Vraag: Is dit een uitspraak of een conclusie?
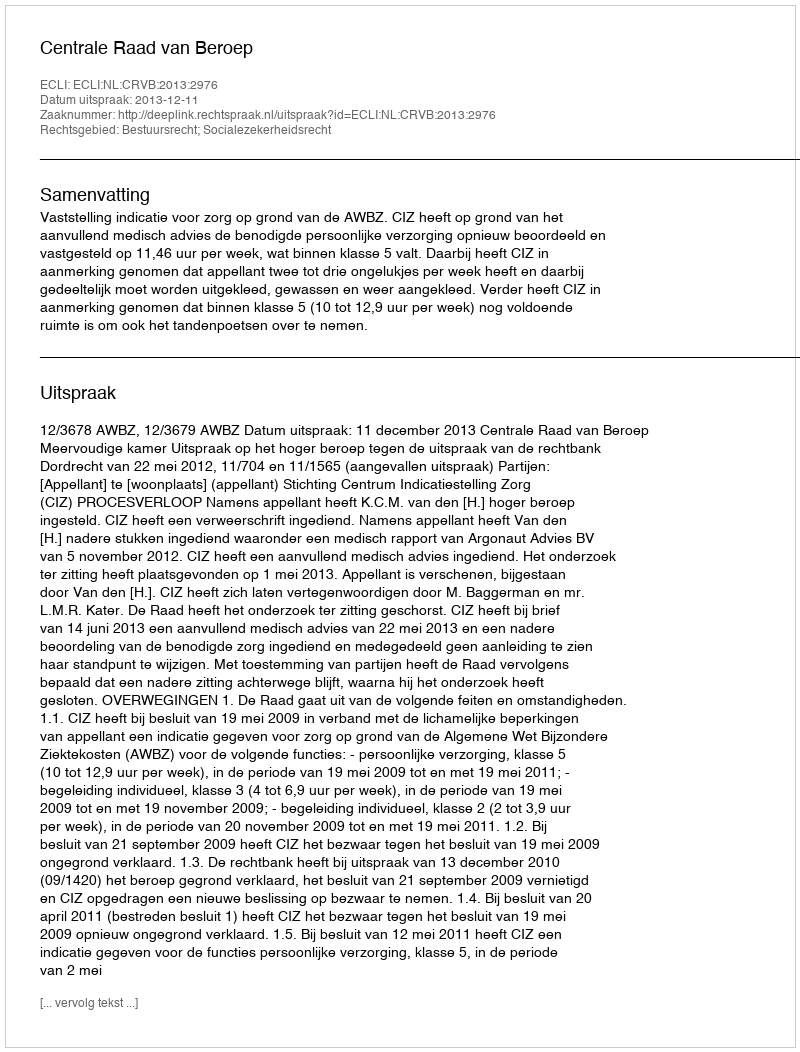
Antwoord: Uitspraak